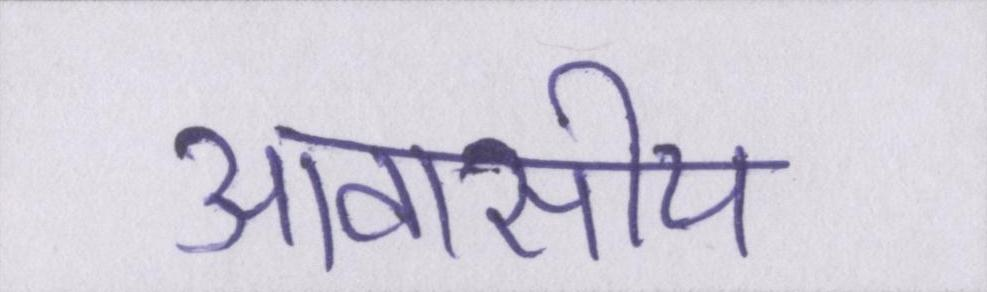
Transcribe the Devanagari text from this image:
आवासीय